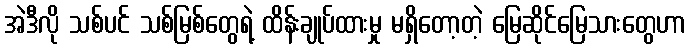
အဲဒီလို သစ်ပင် သစ်မြစ်တွေရဲ့ ထိန်းချုပ်ထားမှု မရှိတော့တဲ့ မြေဆိုင်မြေသားတွေဟာ